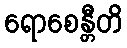
ရောစေန္တီတိ